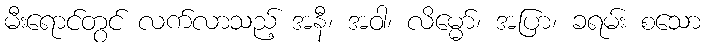
မီးရောင်တွင် လက်လာသည့် အနီ၊ အဝါ၊ လိမ္မော်၊ အပြာ၊ ခရမ်း စသော